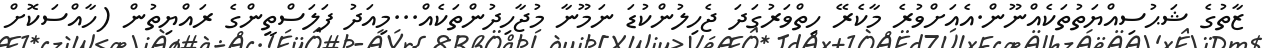
ޒާތުގެ ޝަޙުސިއްޔަތުތަކެއްނޫން.އެއަށްވުރެ މާކެރޭ ހިތްވަރުގަދަ ޖެހިލުންކުޑަ ނަމޫނާ މުޖާހިދުންތަކެއް...މިއަދު ފަލަސްތީންގެ ރައްޔިތުން (ހާއްސަކޮށް